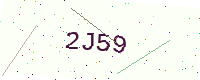
Text: 2J59